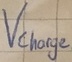
Text: Vcharge